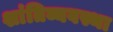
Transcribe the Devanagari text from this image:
शांतिव्यवस्था